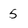
Character: 5